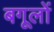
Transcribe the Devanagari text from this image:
बगूलों